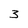
Character: 3